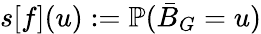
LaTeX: s[f](u):=\mathbb{P}(\bar{B}_{G}=u)